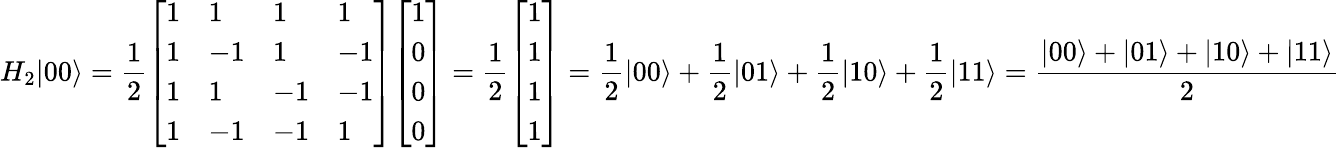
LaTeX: H_{2}|00\rangle={\frac{1}{2}}{\left[\begin{array}{llll}{1}&{1}&{1}&{1}\\ {1}&{-1}&{1}&{-1}\\ {1}&{1}&{-1}&{-1}\\ {1}&{-1}&{-1}&{1}\end{array}\right]}{\left[\begin{array}{l}{1}\\ {0}\\ {0}\\ {0}\end{array}\right]}={\frac{1}{2}}{\left[\begin{array}{l}{1}\\ {1}\\ {1}\\ {1}\end{array}\right]}={\frac{1}{2}}|00\rangle+{\frac{1}{2}}|01\rangle+{\frac{1}{2}}|10\rangle+{\frac{1}{2}}|11\rangle={\frac{|00\rangle+|01\rangle+|10\rangle+|11\rangle}{2}}